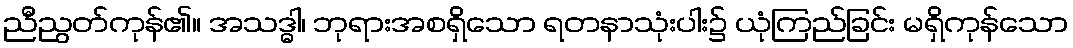
ညီညွတ်ကုန်၏။ အသဒ္ဓါ၊ ဘုရားအစရှိသော ရတနာသုံးပါး၌ ယုံကြည်ခြင်း မရှိကုန်သော